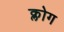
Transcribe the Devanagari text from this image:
क्लोग